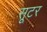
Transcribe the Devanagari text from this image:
सूटर